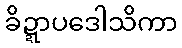
ခိဍ္ဍာပဒေါသိကာ